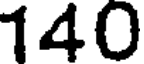
140